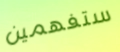
ستفهمين